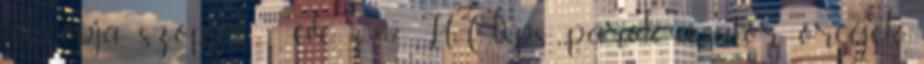
leszopja, szopjál 1 éve 33:42 HClips párok, amatőr, őregek,